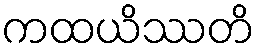
ကထယိဿတိ